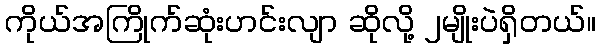
ကိုယ်အကြိုက်ဆုံးဟင်းလျာ ဆိုလို့ ၂မျိုးပဲရှိတယ်။